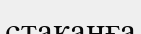
стаканға